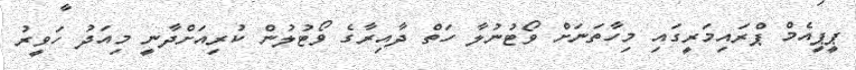
ޕީޕީއެމް ޕްރައިމަރީގައި މިހާތަނަށް ވޯޓުނުލާ ހަތް ދާއިރާގެ ވޯޓުލުން ކުރިއަށްދާނީ މިއަދު ހަވީރު